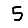
Digit: 5